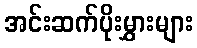
အင်းဆက်ပိုးမွှားများ